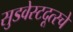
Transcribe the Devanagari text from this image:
सुडवेस्टदूत्स्चे